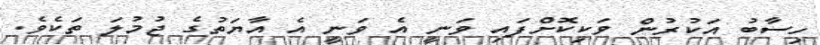
ހިސާބު އަކުރުން ވަކިކޮށްފައި ވަނީ އެ ވަނީ އެ އާޔަތުގެ ޖުމުލަ ތަކެވެ.